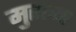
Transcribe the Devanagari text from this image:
मुरल्या